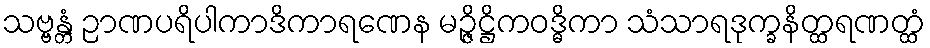
သဗ္ဗန္တံ ဉာဏပရိပါကာဒိကာရဏေန မဉ္ဇိဋ္ဌိကဝဒ္ဓိကာ သံသာရဒုက္ခနိတ္ထရဏတ္ထံ